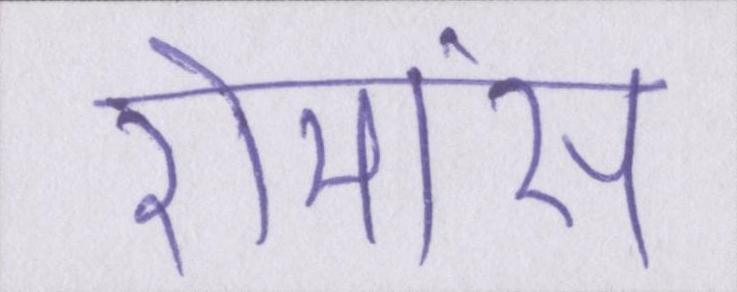
रोमांस